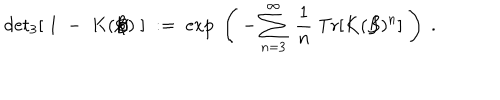
LaTeX: \mathrm { d e t } _ { 3 } [ \; 1 \; - \; K ( \not { \! \! B } ) \; ] \; : = \; \exp \; \left( \; - \sum _ { n = 3 } ^ { \infty } \; \frac { 1 } { n } \; \mathrm { T r } [ K ( \not { \! \! B } ) ^ { n } ] \; \right) \; .